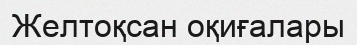
Желтоқсан оқиғалары